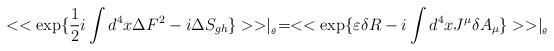
LaTeX: \begin{align*}<<\exp \{\frac{1}{2}i\int d^{4}x\Delta F^{2}-i\Delta S_{gh}\}>>\mid _{_{\theta }}=<<\exp \{\varepsilon \delta R-i\int d^{4}xJ^{\mu }\delta A_{\mu }\}>>\mid _{_{\theta }}\end{align*}